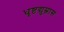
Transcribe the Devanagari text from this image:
धृष्टद्युम्नास